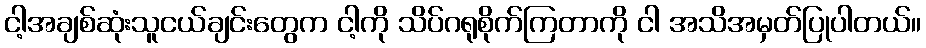
ငါ့အချစ်ဆုံးသူငယ်ချင်းတွေက ငါ့ကို သိပ်ဂရုစိုက်ကြတာကို ငါ အသိအမှတ်ပြုပါတယ်။